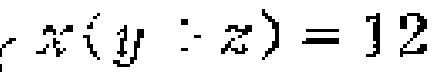
\(x(y - z)=12\)